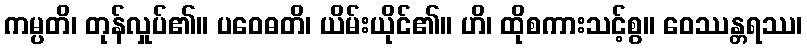
ကမ္ပတိ၊ တုန်လှုပ်၏။ ပဝေဓတိ၊ ယိမ်းယိုင်၏။ ဟိ၊ ထိုစကားသင့်စွ။ ဝေဿန္တရဿ၊